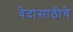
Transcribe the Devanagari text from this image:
वेदांसाठीचे